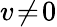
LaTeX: v\! \neq\! 0